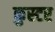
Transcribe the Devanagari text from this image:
कुस्टर